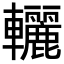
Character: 𨏽